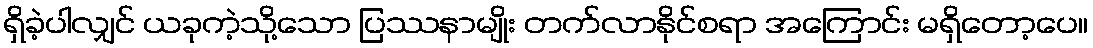
ရှိခဲ့ပါလျှင် ယခုကဲ့သို့သော ပြဿနာမျိုး တက်လာနိုင်စရာ အကြောင်း မရှိတော့ပေ။